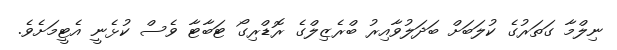
ނިލްމާ ގަތަރުގެ ކުލަބަށް ބަދަލުވާއިރު ބްރެޒިލްގެ ރޮޑްރިގޯ ޓަބާޓާ ވެސް ކުޅެނީ އެޓީމަށެވެ.